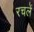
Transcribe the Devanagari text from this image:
रचलें